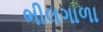
ભીલગાળા